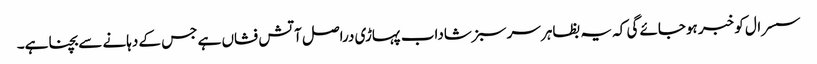
سسرال کو خبر ہوجائے گی کہ یہ بظاہر سرسبز شاداب پہاڑی دراصل آتش فشاں ہے جس کے دہانے سے بچنا ہے۔